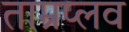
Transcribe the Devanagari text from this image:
ताम्रप्लव